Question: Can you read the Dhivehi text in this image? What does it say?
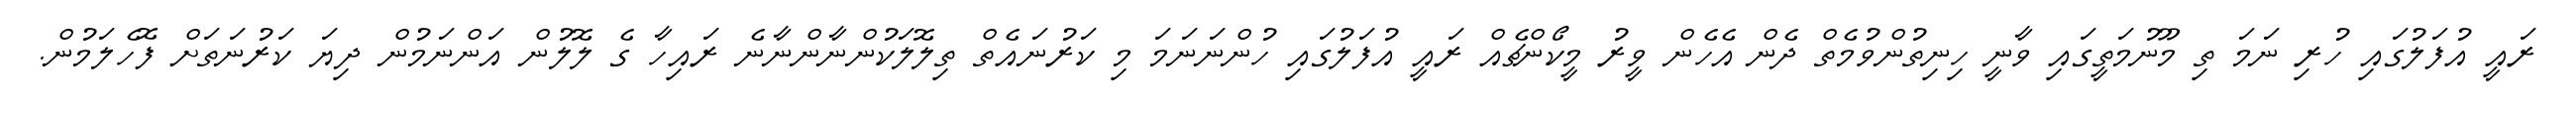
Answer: ރައީ އުފަލުގައި ހުރި ނަމަ ތި މޫނުމަތީގައި ވާނީ ހިނިތުންވުމެތް ދެން އެހެން ވީރު މީކޯންޗެއް ރައީ އުފަލުގައި ހުންނަނަމަ މި ކަރުނައެތް ތިލޮލަކުންނާންނާނެ ރައިހާ ގެ ލޮލުން އަންނަމުން ދިޔަ ކަރުނަތަށް ފޮހެލަމުން.